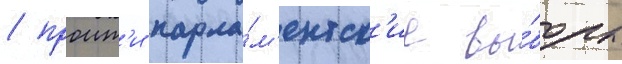
/ проит'и парла́м'ентск'ие вы́боры